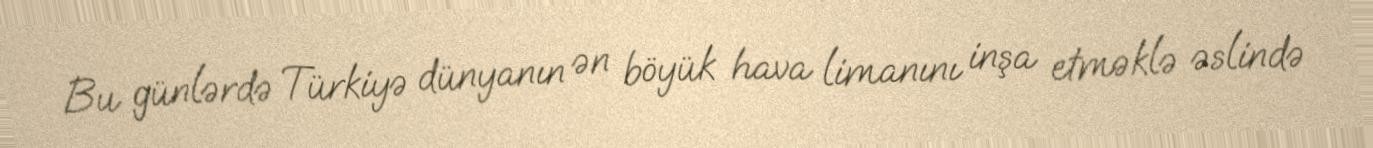
Bu günlərdə Türkiyə dünyanın ən böyük hava limanını inşa etməklə əslində